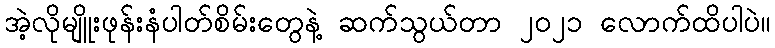
အဲ့လိုမျိူးဖုန်းနံပါတ်စိမ်းတွေနဲ့ ဆက်သွယ်တာ ၂၀၂၁ လောက်ထိပါပဲ။